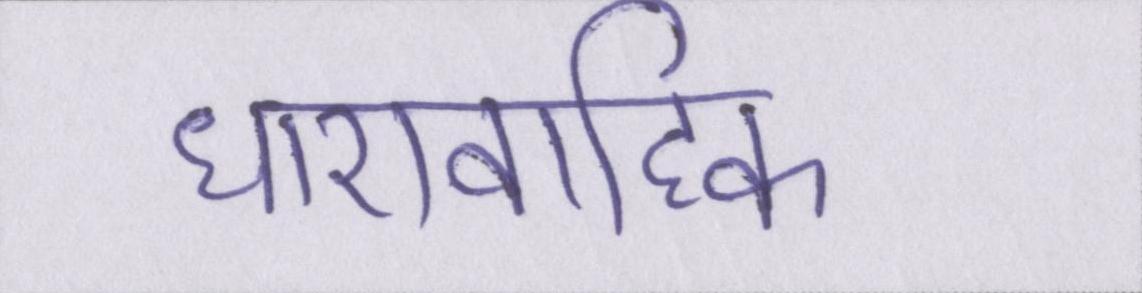
धारावाहिक